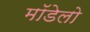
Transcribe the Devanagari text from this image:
मॉडेलो